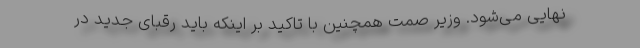
نهایی می‌شود. وزیر صمت همچنین با تاکید بر اینکه باید رقبای جدید در